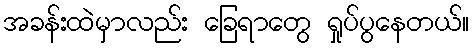
အခန်းထဲမှာလည်း ခြေရာတွေ ရှုပ်ပွနေတယ်။